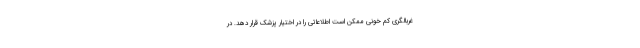
غربالگری کم خونی ممکن است اطلاعاتی را در اختیار پزشک قرار دهد. در